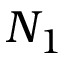
N _ { 1 }